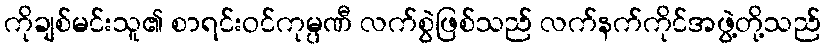
ကိုချစ်မင်းသူ၏ စာရင်းဝင်ကုမ္ပဏီ လက်စွဲဖြစ်သည် လက်နက်ကိုင်အဖွဲ့တို့သည်